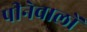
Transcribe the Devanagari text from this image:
पीनेवालों